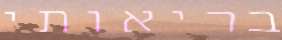
בריאותי